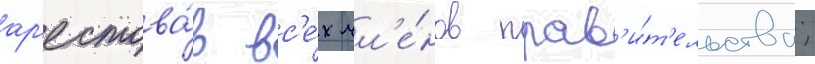
ар'естова́в вс'е́х чл'е́нов прав'и́т'ельства;